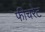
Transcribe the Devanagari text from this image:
फीचरेट